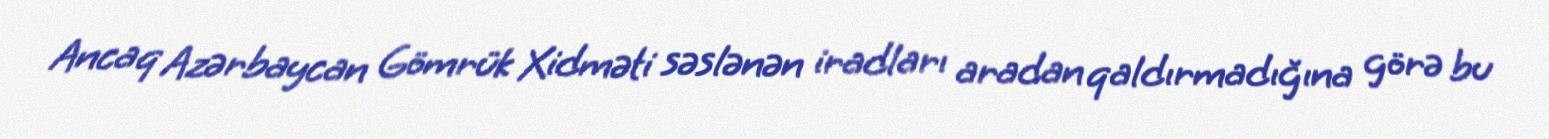
Ancaq Azərbaycan Gömrük Xidməti səslənən iradları aradan qaldırmadığına görə bu